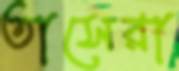
তাসেরা